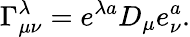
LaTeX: \Gamma_{\mu\nu}^{\lambda}=e^{\lambda a}D_{\mu}e_{\nu}^{a}.